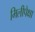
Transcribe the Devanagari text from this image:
मिलीपेक्षा